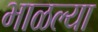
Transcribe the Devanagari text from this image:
भाळल्या